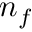
n _ { f }